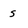
Character: s